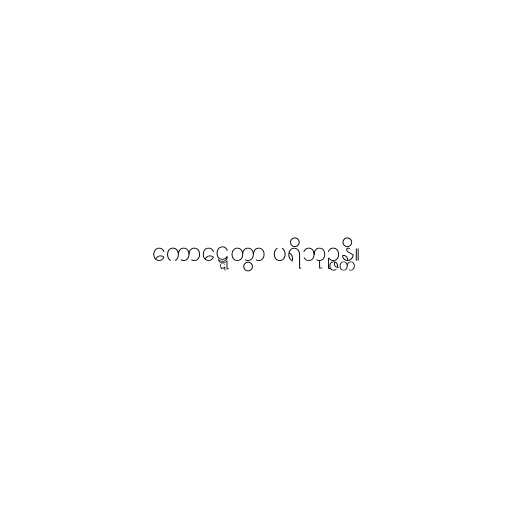
ကောဋ္ဋေတွာ ပရိဘုဉ္ဇန္တိ။